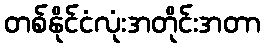
တစ်နိုင်ငံလုံးအတိုင်းအတာ